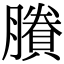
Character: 賸